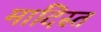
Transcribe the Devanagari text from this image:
मादिस्त